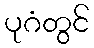
ပုဂံတွင်